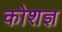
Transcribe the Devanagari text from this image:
कोशज्ञ